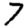
Digit: 7